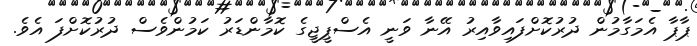
ޕާޕާ އެމަގާމުން ދުރުކޮށްފައިވާއިރު އޭނާ ވަނީ އެސްޕީޖީގެ ކޮމާންޑަރު ކަމުންވެސް ދުރުކޮށްފަ އެވެ.